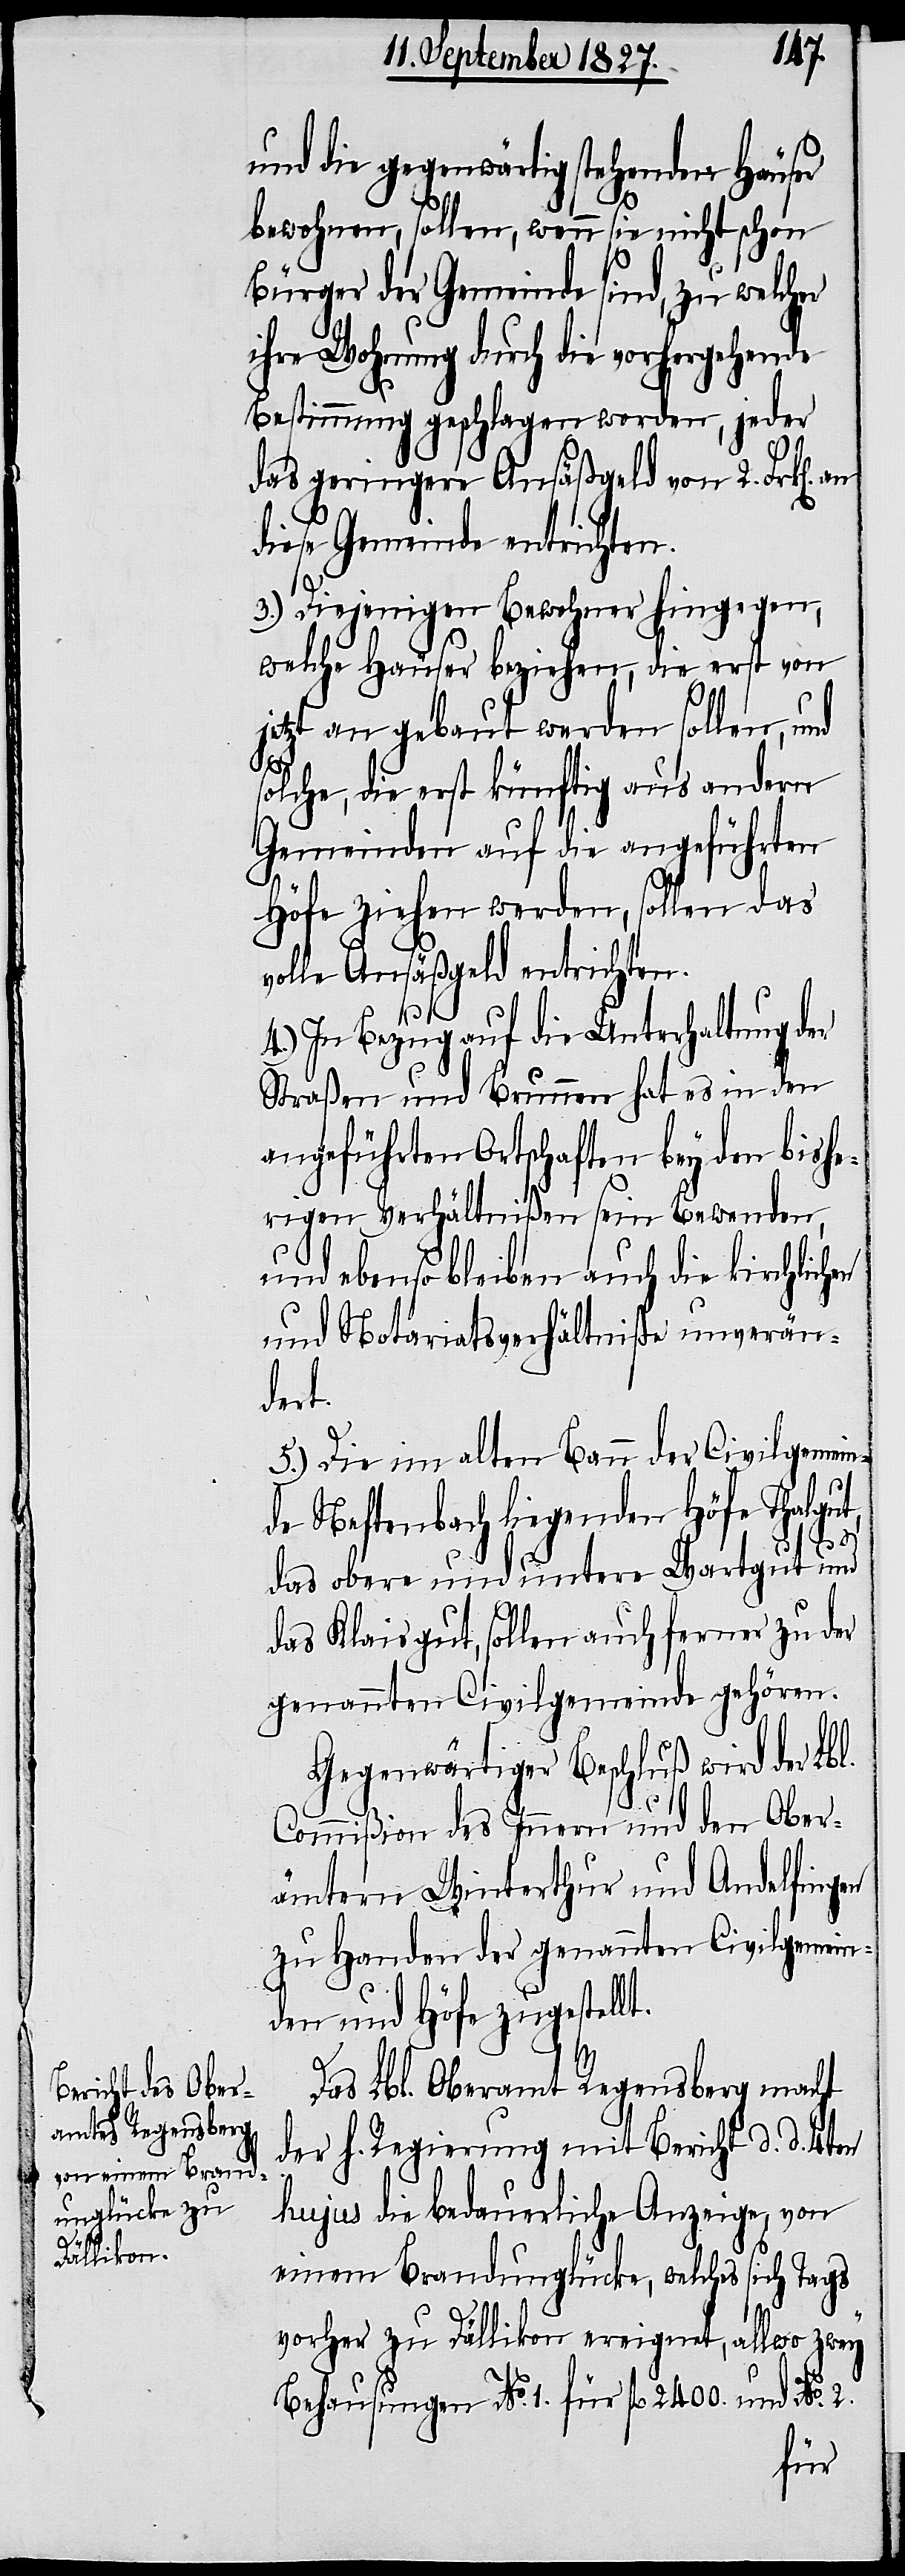
und die gegenwärtig stehenden Häuser
bewohnen, sollen, wenn sie nicht schon
Bürger der Gemeinde sind, zu welcher
ihre Wohnung durch die vorhergehende
Bestimmung geschlagen worden, jeder
das geringere Ansäßgeld von 2. Frk[en].
diese Gemeinde entrichten.
3.) Diejenigen Bewohner hingegen,
welche Häuser beziehen, die erst von
jetzt an gebaut werden sollen, und
solche, die erst künftig aus andern
Gemeinden auf die angeführten
Höfe ziehen werden, sollen das
volle Ansäßgeld entrichten.
an
4.) In Bezug auf die Unterhaltung der
Straßen und Brunnen hat es in den
angeführten Ortschaften bey den bishe¬
rigen Verhältnißen sein Bewenden,
und ebenso bleiben auch die kirchlichen
und Notariatsverhältniße unverän¬
dert.
5.) Die im alten Bann der Civilgemein¬
de Neftenbach liegenden Höfe Thalgut,
das obere und untere Wartgut und
das Klaisgut, sollen auch ferner zu der
genannten Civilgemeinde gehören.
Gegenwärtiger Beschluß wird der Lbl.
Commißion des Innern und den Ober¬
ämtern Winterthur und Andelfingen
zu Handen der genannten Civilgemein¬
den und Höfe zugestell¬
t.
Das Lbl. Oberamt Regensberg macht
der h. Regierung mit Bericht d. d. 4ten
hujus die bedauerliche Anzeige, von
einem Brandunglücke, welches sich Tags
vorher zu Dällikon ereignet, allwo zwey
Behausungen No. 1. für fl. 2400. und No. 2.